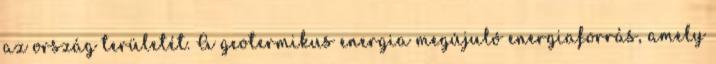
az ország területét. A geotermikus energia megújuló energiaforrás, amely